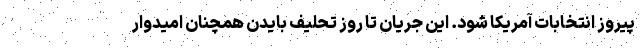
پیروز انتخابات آمریکا شود. این جریان تا روز تحلیف بایدن همچنان امیدوار